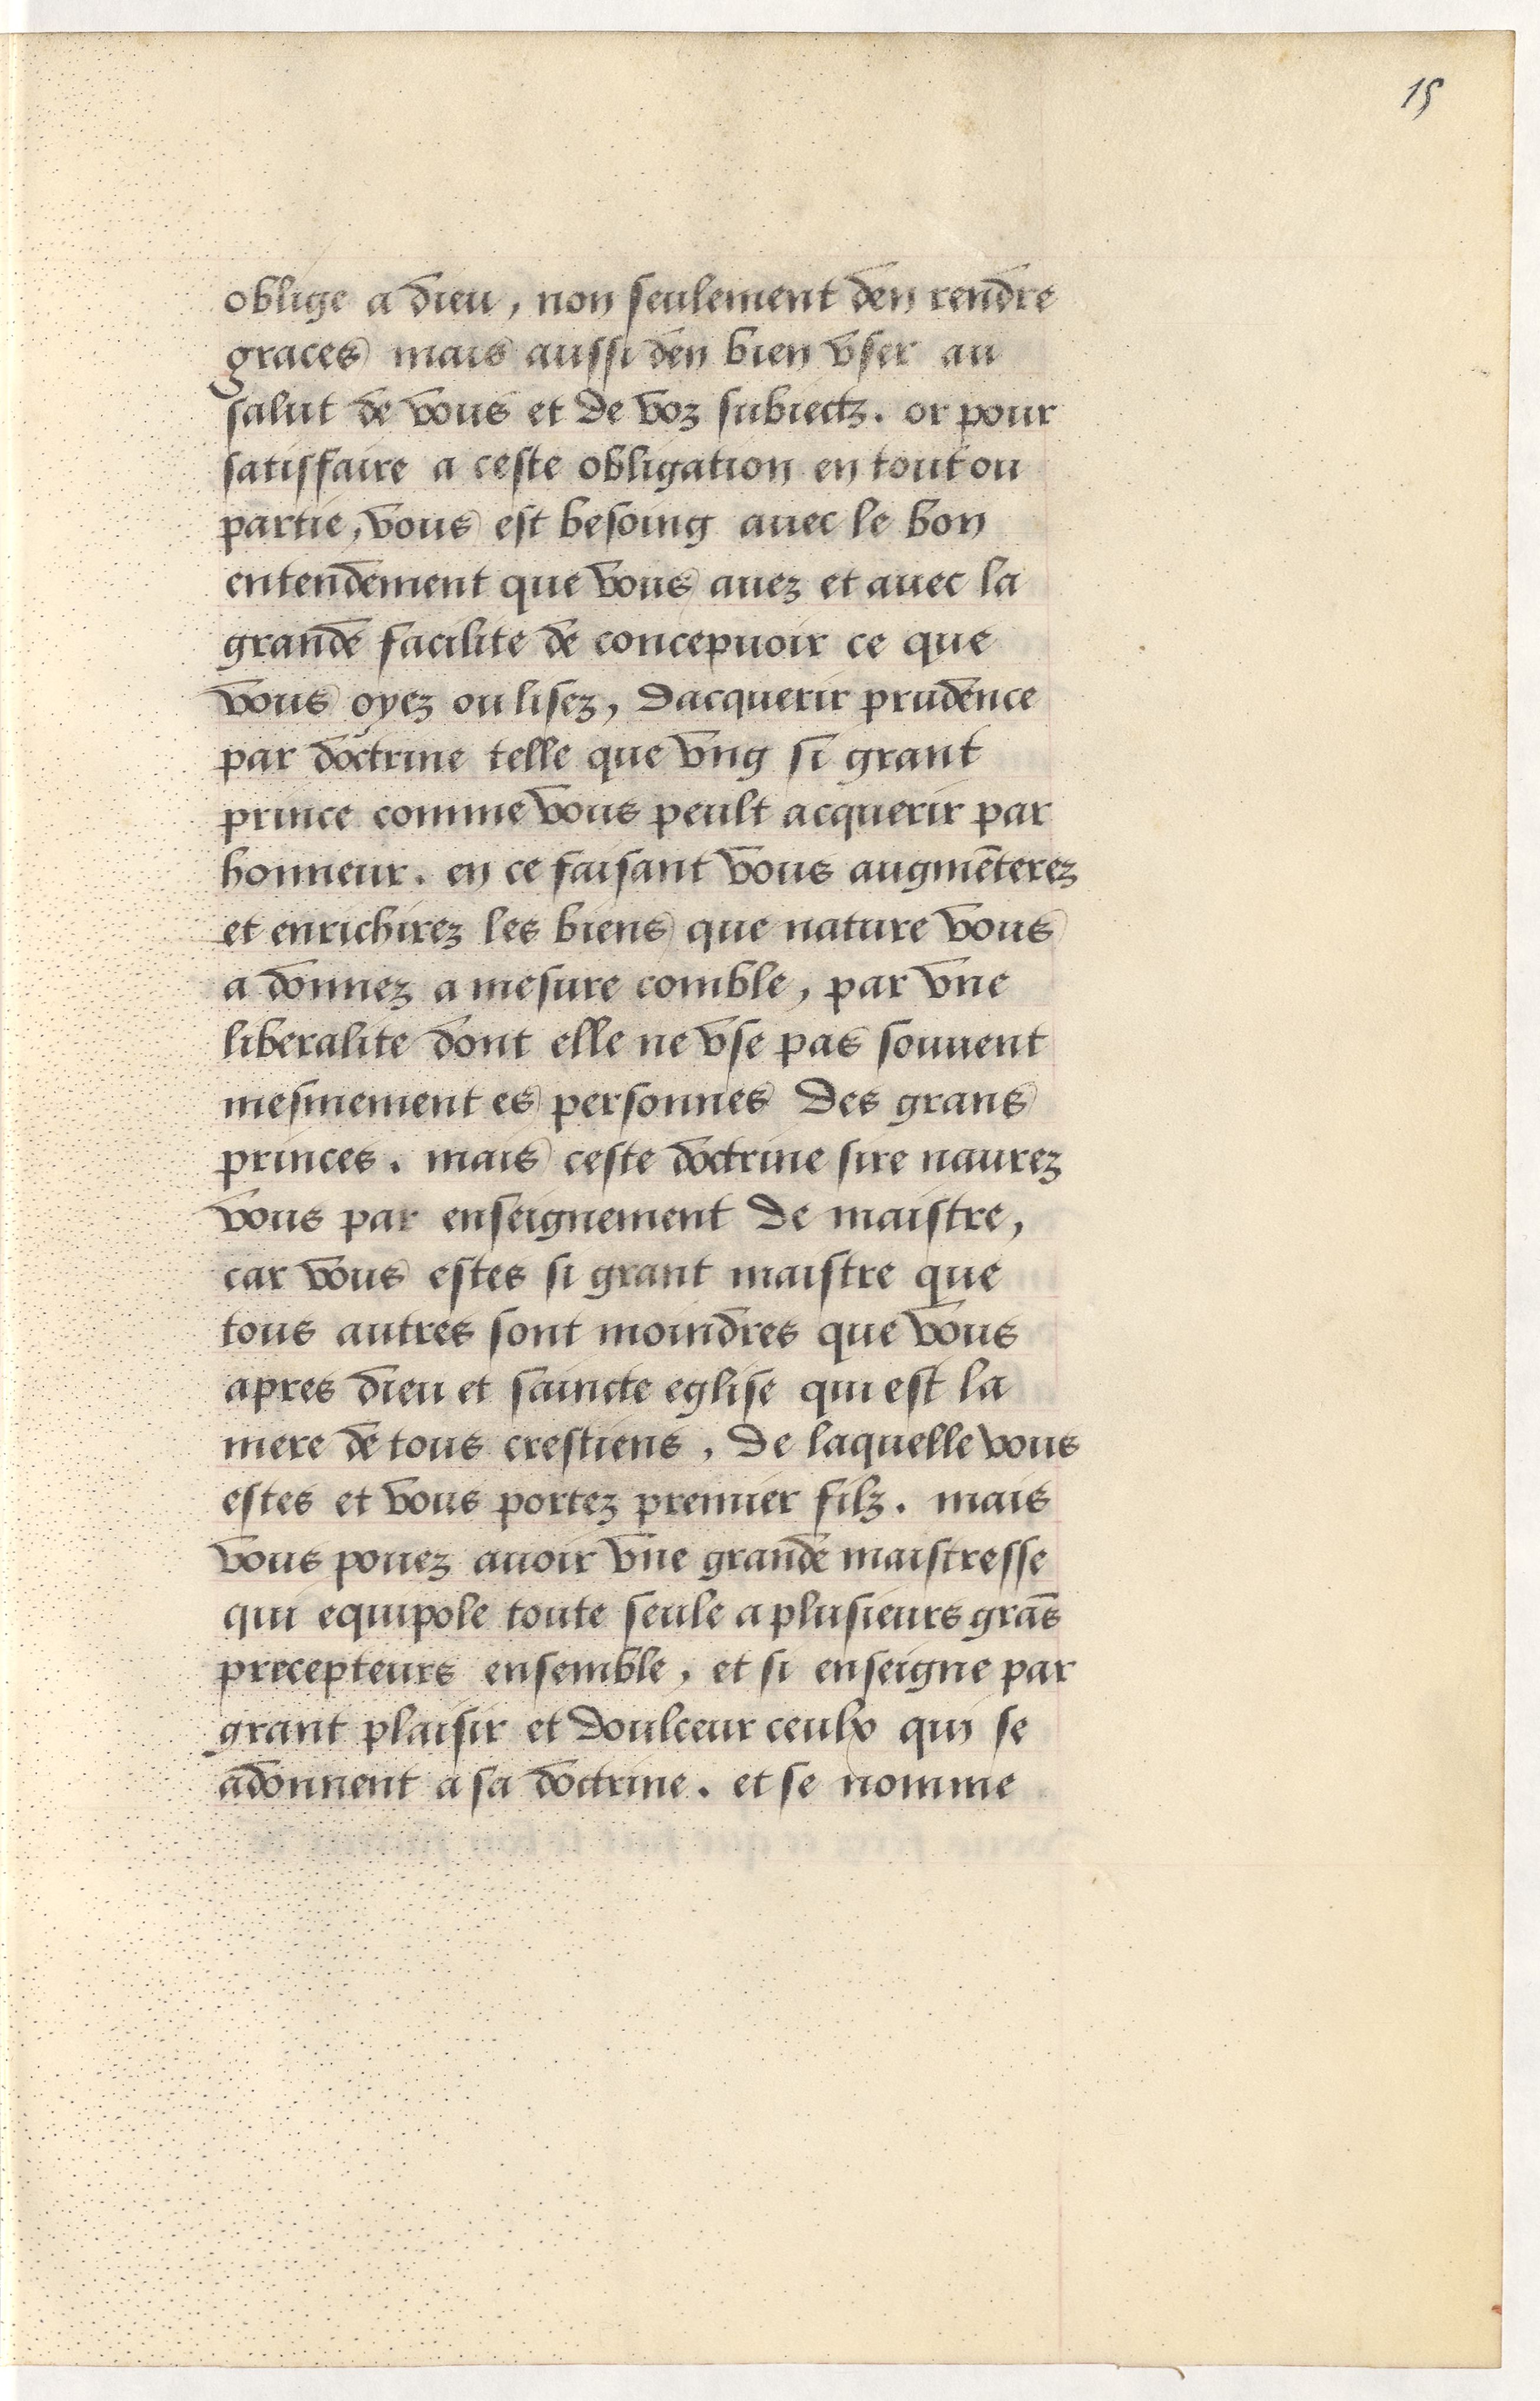
Shelfmark: Paris, BnF, Arsenal, 5103
Century: 15